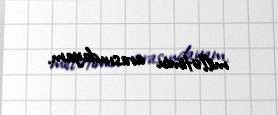
millətimin arasındayam.